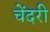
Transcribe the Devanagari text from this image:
चेंदरी